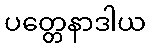
ပတ္တေနာဒါယ